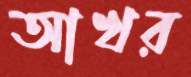
আখর